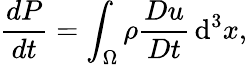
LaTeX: \frac{dP}{dt}=\int_{\Omega}\rho\frac{Du}{Dt}\, \mathrm{d}^{3}x,